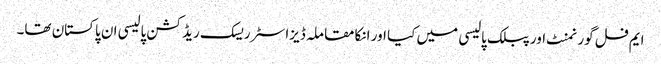
ایم فل گورنمنٹ اور پبلک پالیسی میں کیا اور انکا مقاملہ ڈیزاسٹر ریسک ریڈکشن پالیسی ان پاکستان تھا۔